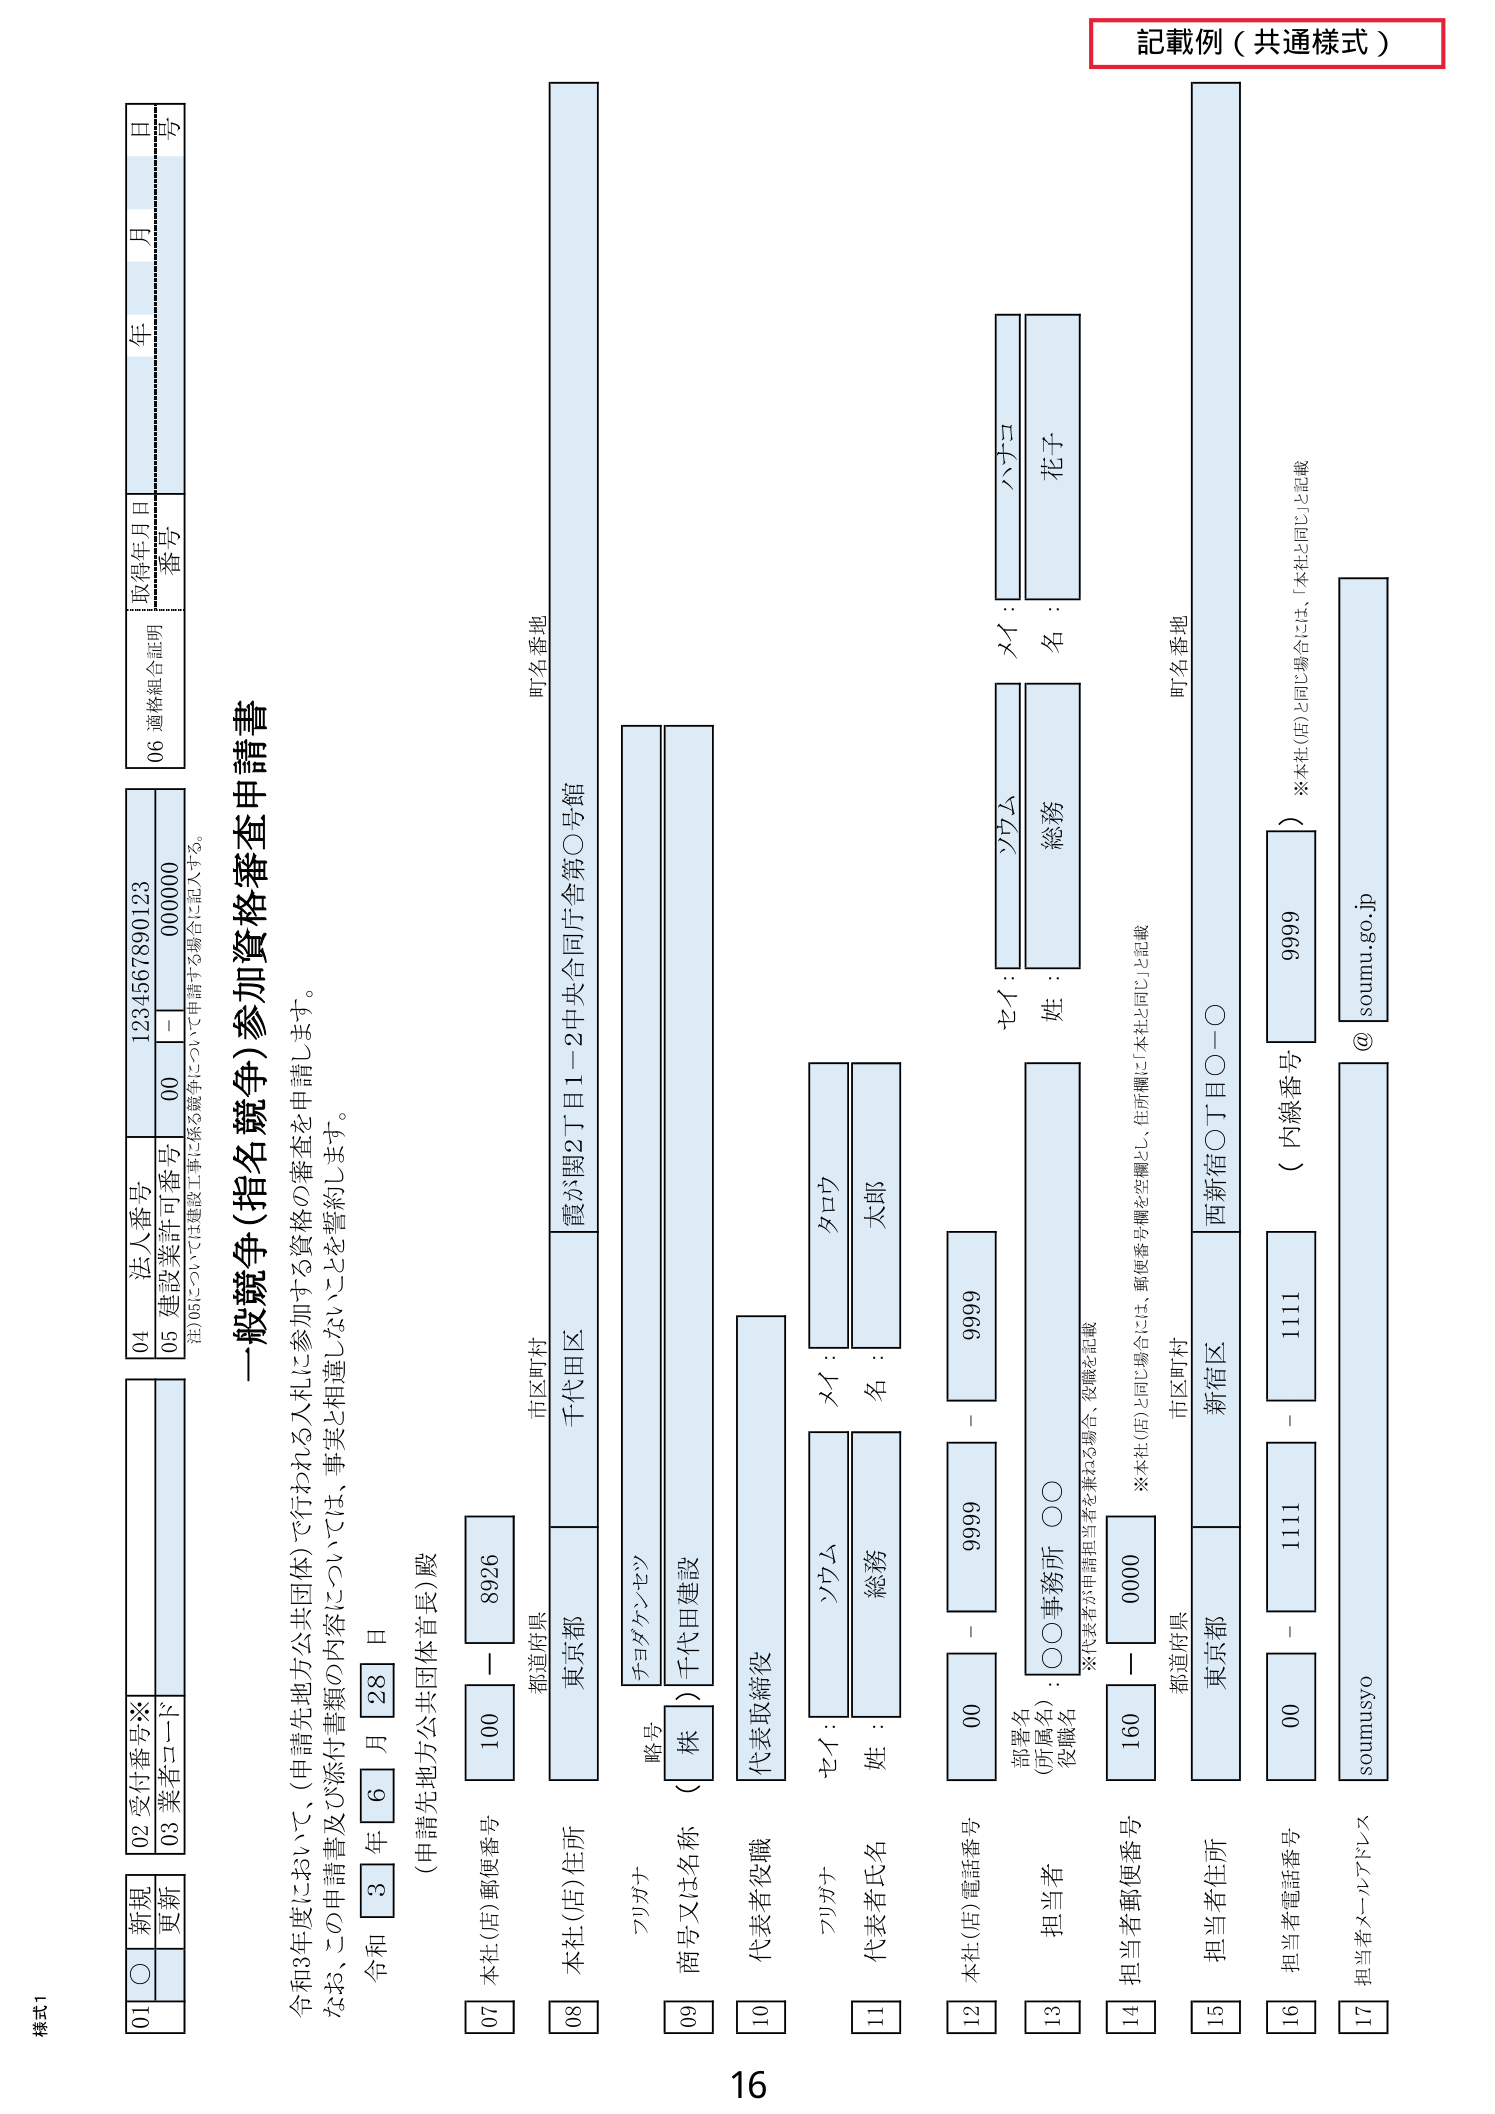
記載例（共通様式）

様式1

01 新規
〇
更新

02 受付番号※
03 業者コード

04 法人番号
1234567890123

05 建設業許可番号
00 - 000000

06 適格組合証明
取得年月日
年 月 日
番号

一般競争（指名競争）参加資格審査申請書

令和3年度において、（申請先地方公共団体）で行われる入札に参加する資格の審査を申請します。
なお、この申請書及び添付書類の内容については、事実と相違しないことを誓約します。

令和 3 年 6 月 28 日
（申請先地方公共団体首長）殿

07 本社（店）郵便番号
100 - 8926

08 本社（店）住所
都道府県
東京都
市区町村
千代田区
町名番地
霞が関2丁目1-2中央合同庁舎第○号館

09 商号又は名称（
略号
株
チヨダケンセツ
）千代田建設

10 代表者役職
代表取締役

11 代表者氏名
フリガナ
セイ：
ソウム
メイ：
タロウ
姓：
総務
名：
太郎

12 本社（店）電話番号
00 - 9999

13 担当者
部署名
（所属名）
〇〇事務所 〇〇
役職名
総務
フリガナ
セイ：
ソウム
メイ：
ハナコ
姓：
総務
名：
花子

14 担当者郵便番号
160 - 0000
※本社（店）と同じ場合は、郵便番号欄を空欄とし、住所欄に「本社と同じ」と記載

15 担当者住所
都道府県
東京都
市区町村
新宿区
町名番地
西新宿〇丁目〇－〇

16 担当者電話番号
00 - 1111
（内線番号
9999
）
※本社（店）と同じ場合には、「本社と同じ」と記載

17 担当者メールアドレス
soumusyo @ soumu.go.jp

16